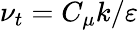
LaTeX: \nu_{t}={C_{\mu}k}/{\varepsilon}